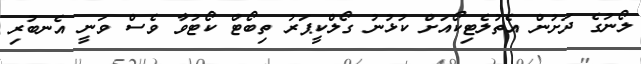
ލޯނުގެ ދަށުން އެތުލެޓިކޯއަށް ކުޅުނު ގޯލްކީޕަރު ތިބޯޓް ކޯޓުވާ ވެސް ވަނީ އެނބުރި